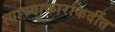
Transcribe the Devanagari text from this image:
त्याच्याकारकिर्दीत